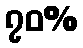
၇၀%